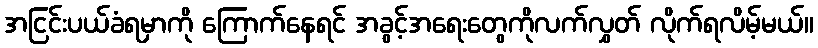
အငြင်းပယ်ခံရမှာကို ကြောက်နေရင် အခွင့်အရေးတွေကိုလက်လွှတ် လိုက်ရလိမ့်မယ်။